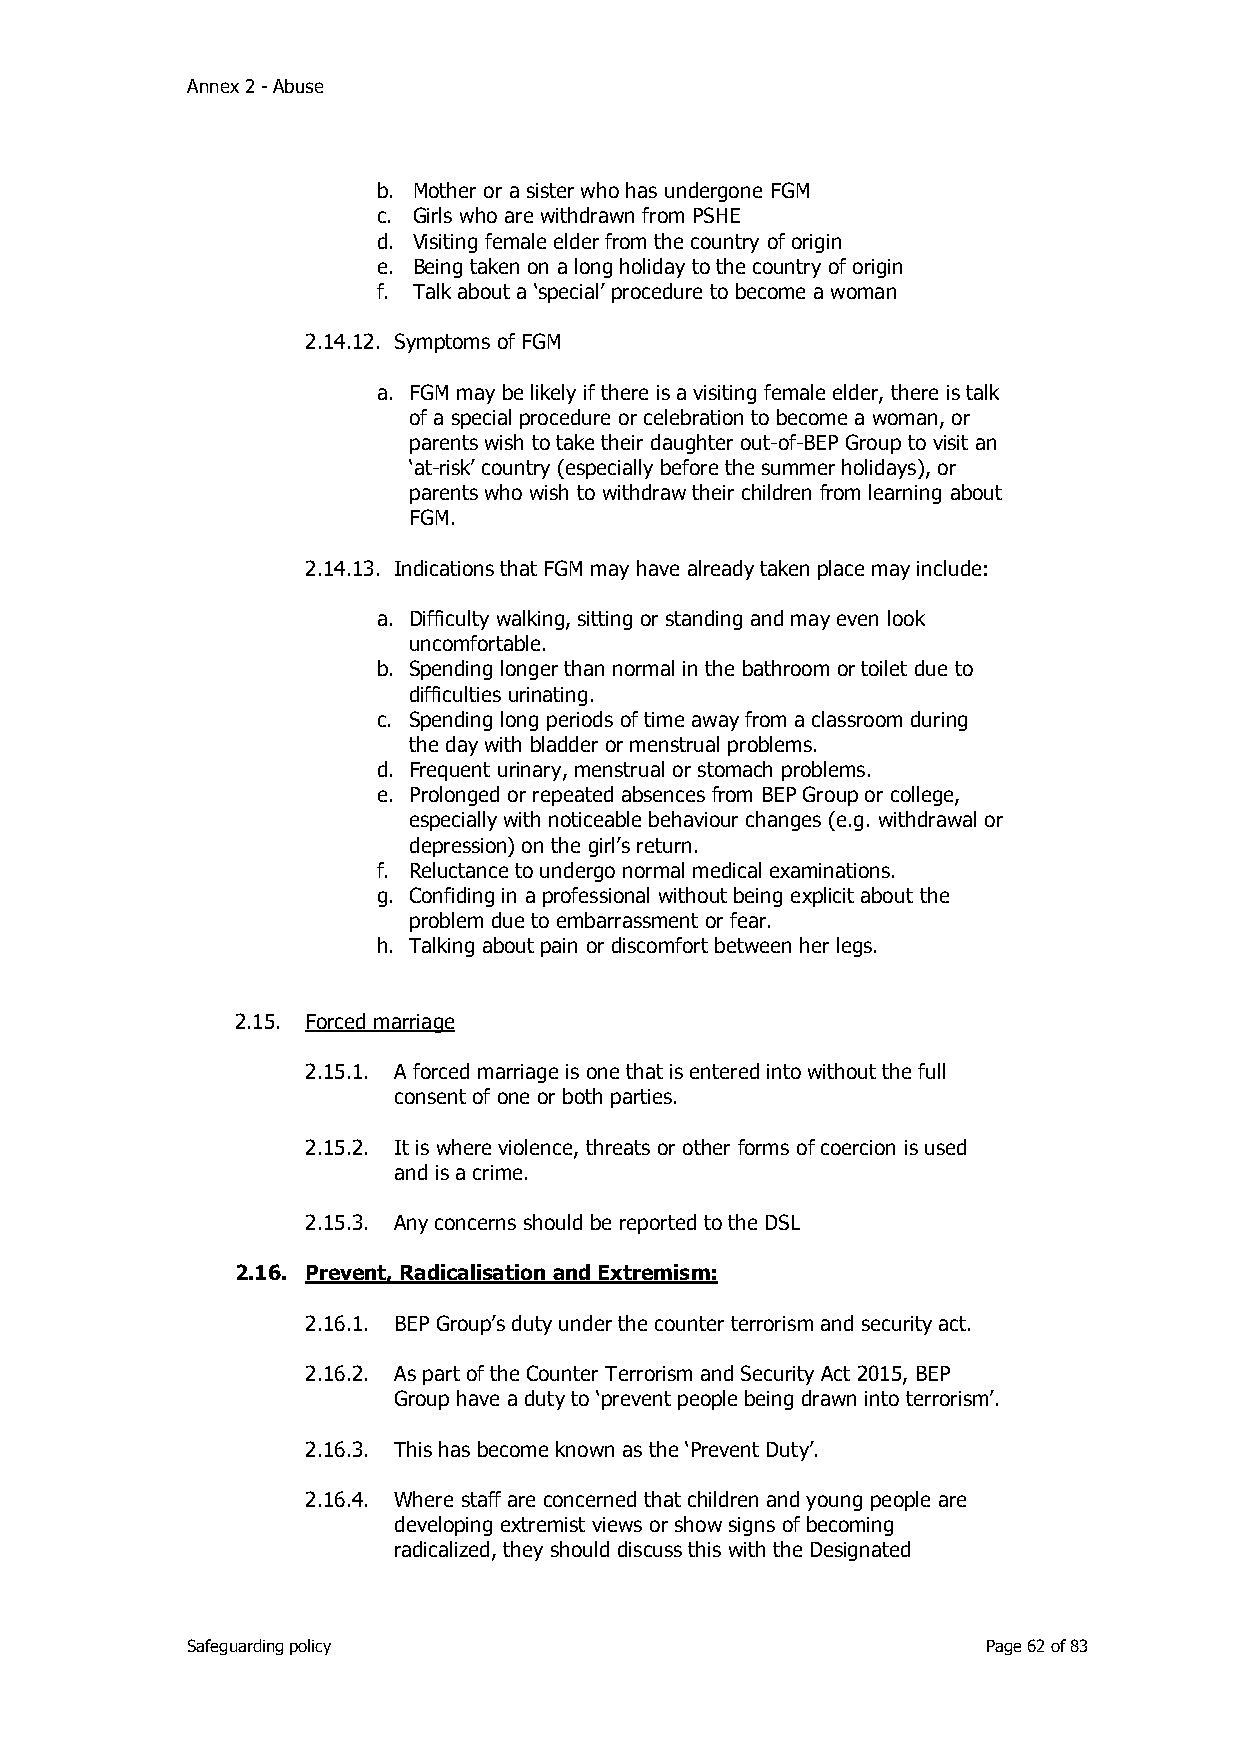
Annex 2 - Abuse
 b. Mother or a sister who has undergone FGM
 c. Girls who are withdrawn from PSHE
 d. Visiting female elder from the country of origin
 e. Being taken on a long holiday to the country of origin
 f. Talk about a ‘special’ procedure to become a woman
 2.14.12. Symptoms of FGM
 a. FGM may be likely if there is a visiting female elder, there is talk
 of a special procedure or celebration to become a woman, or
 parents wish to take their daughter out-of-BEP Group to visit an
 ‘at-risk’ country (especially before the summer holidays), or
 parents who wish to withdraw their children from learning about
 FGM.
 2.14.13. Indications that FGM may have already taken place may include:
 a. Difficulty walking, sitting or standing and may even look
 uncomfortable.
 b. Spending longer than normal in the bathroom or toilet due to
 difficulties urinating.
 c. Spending long periods of time away from a classroom during
 the day with bladder or menstrual problems.
 d. Frequent urinary, menstrual or stomach problems.
 e. Prolonged or repeated absences from BEP Group or college,
 especially with noticeable behaviour changes (e.g. withdrawal or
 depression) on the girl’s return.
 f. Reluctance to undergo normal medical examinations.
 g. Confiding in a professional without being explicit about the
 problem due to embarrassment or fear.
 h. Talking about pain or discomfort between her legs.
 2.15. Forced marriage
 2.15.1. A forced marriage is one that is entered into without the full
 consent of one or both parties.
 2.15.2. It is where violence, threats or other forms of coercion is used
 and is a crime.
 2.15.3. Any concerns should be reported to the DSL
 2.16. Prevent, Radicalisation and Extremism:
 2.16.1. BEP Group’s duty under the counter terrorism and security act.
 2.16.2. As part of the Counter Terrorism and Security Act 2015, BEP
 Group have a duty to ‘prevent people being drawn into terrorism’.
 2.16.3. This has become known as the ‘Prevent Duty’.
 2.16.4. Where staff are concerned that children and young people are
 developing extremist views or show signs of becoming
 radicalized, they should discuss this with the Designated
 Safeguarding policy                                  Page 62 of 83